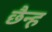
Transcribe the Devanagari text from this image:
छैन्ह